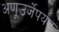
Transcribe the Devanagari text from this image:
अणूउर्जेपर्यंत